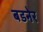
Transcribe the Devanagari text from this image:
बडनेर